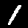
Label: 1